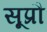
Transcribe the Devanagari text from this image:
सूप्रौ